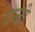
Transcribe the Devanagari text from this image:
पन्जी